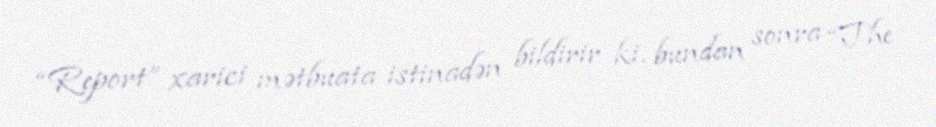
“Report” xarici mətbuata istinadən bildirir ki, bundan sonra “The